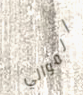
الموالي